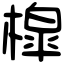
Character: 槹